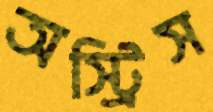
অস্ট্রিস